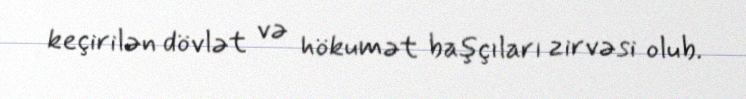
keçirilən dövlət və hökumət başçıları zirvəsi olub.